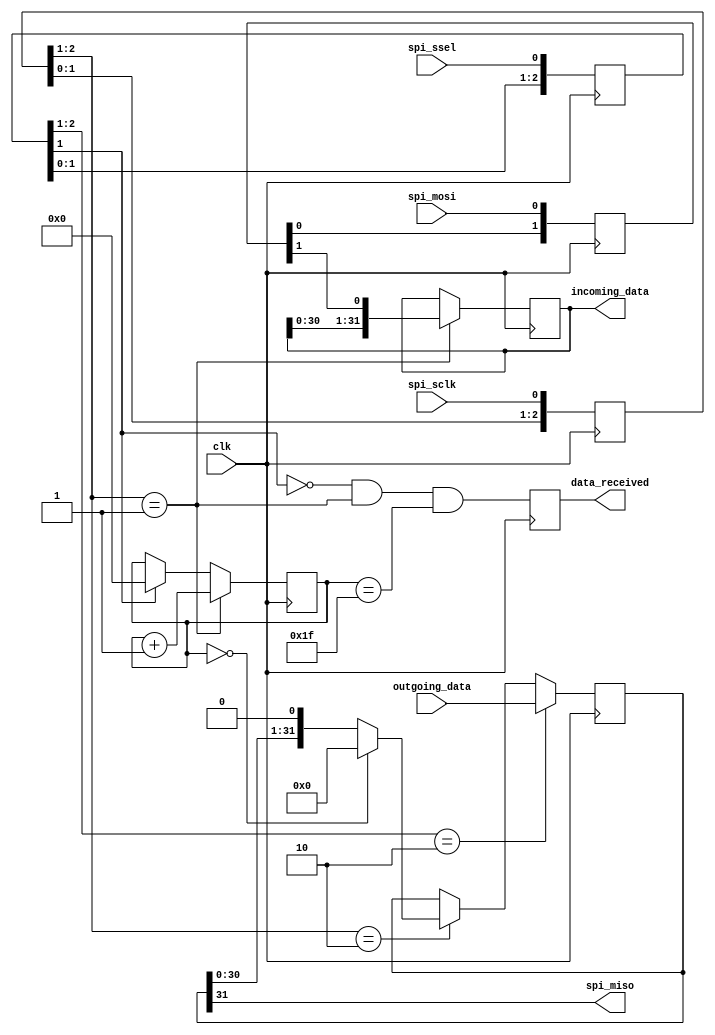
module spi (
	input  wire        clk,
	
	input  wire        spi_sclk,
	input  wire        spi_ssel,
	input  wire        spi_mosi,
	output reg         spi_miso,
	
	output reg         data_received,
	output reg  [31:0] incoming_data,
	input  wire [31:0] outgoing_data
	);
		
	reg [2:0] sclk_reg;
	always @(posedge clk) sclk_reg <= {sclk_reg[1:0], spi_sclk};
	wire sclk_risingedge   = (sclk_reg[2:1]==2'b01);
	wire sclk_fallingedge  = (sclk_reg[2:1]==2'b10);
	
	reg [2:0] ssel_reg;
	always @(posedge clk) ssel_reg <= {ssel_reg[1:0], spi_ssel};
	wire ssel_active       = ~ssel_reg[1];
	wire ssel_startmessage = (ssel_reg[2:1]==2'b10);
	wire ssel_endmessage   = (ssel_reg[2:1]==2'b01);
	
	reg [1:0] mosi_reg;
	always @(posedge clk) mosi_reg <= {mosi_reg[0], spi_mosi};
	wire mosi              = mosi_reg[1];
	
	reg [4:0]  counter;
	reg [31:0] tx_buffer;
	
	assign spi_miso = tx_buffer[31];
	
	always @(posedge clk)
	begin		
		if (~ssel_active) begin
			counter <= 0;
		end if (sclk_risingedge) begin
			counter <= counter + 1;
			incoming_data    <= {incoming_data[30:0], mosi};
		end
		
		data_received  <= ssel_active && sclk_risingedge && (counter == 5'b11111);
		
		if (ssel_startmessage) begin
			tx_buffer <= outgoing_data;
		end else if (sclk_fallingedge) begin
			if (counter == 5'b00000) begin
				tx_buffer <= 32'h0;
			end else begin
				tx_buffer <= {tx_buffer[30:0], 1'b0};
			end
		end
	end
endmodule